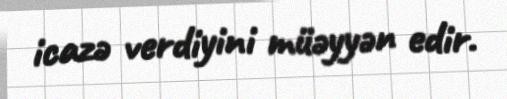
icazə verdiyini müəyyən edir.